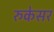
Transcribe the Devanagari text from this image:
रुकेसर